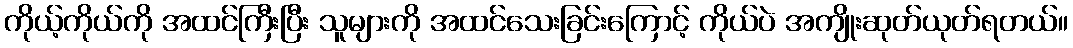
ကိုယ့်ကိုယ်ကို အထင်ကြီးပြီး သူများကို အထင်သေးခြင်းကြောင့် ကိုယ်ပဲ အကျိုးဆုတ်ယုတ်ရတယ်။